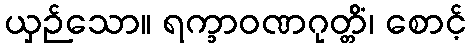
ယှဉ်သော။ ရက္ခာဝဏဂုတ္တိံ၊ စောင့်